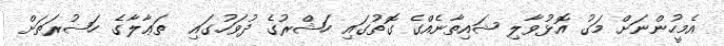
އެމީހުންނަށް މަގު އޮޅުވާލި ޝައިތާނެއްގެ ގޮތުގައި ހަޝްރުގެ ދުވަހުގައި  ތަޢާލާގެ ހަޟުރަތަށް